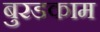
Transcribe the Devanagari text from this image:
बुरडकाम